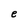
Character: e